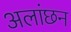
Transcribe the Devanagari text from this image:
अलांछन